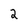
Character: 2